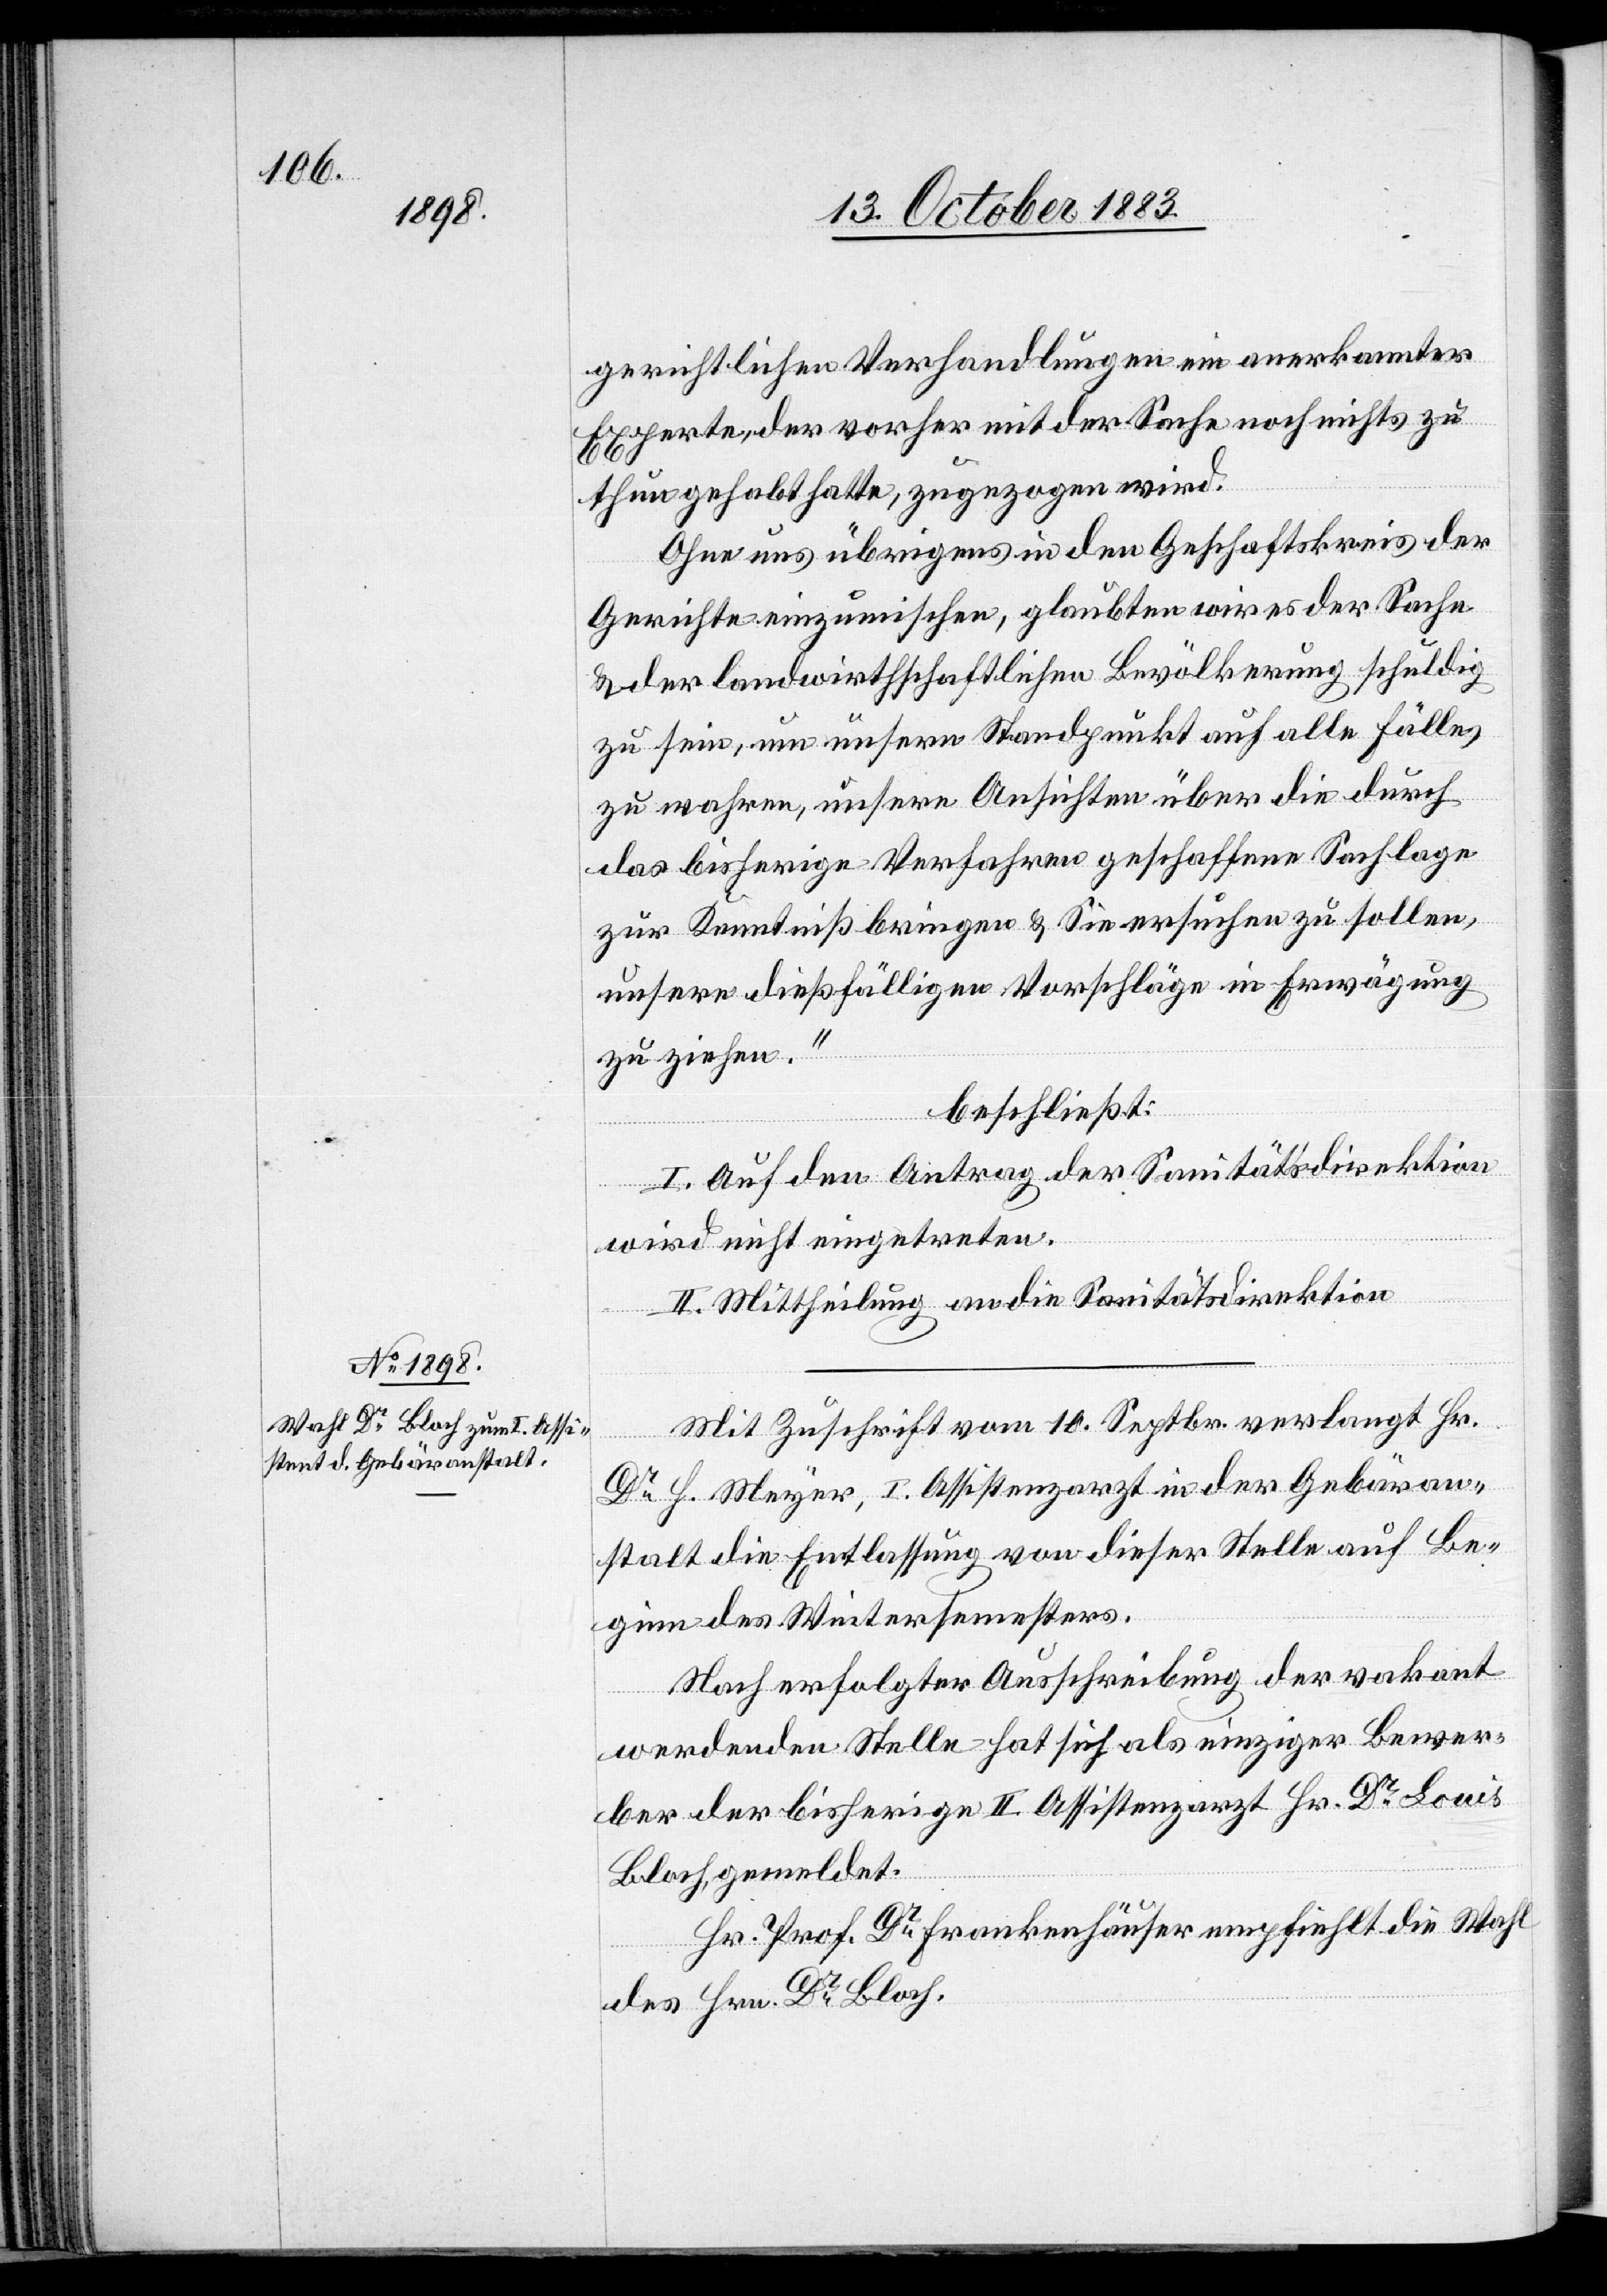
gerichtlichen Verhandlungen ein anerkannter
Experte, der vorher mit der Sache noch nichts zu
thun gehabt hatte, zugezogen wird.
Ohne uns übrigens in den Geschaftskreis [sic!] der
Gerichte einzumischen, glaubten wir es der Sache
& der landwirthschaftlichen Bevölkerung schuldig
zu sein, um unsern Standpunkt auf alle Fälle,
zu wahren, unsere Ansichten über die durch
das bisherige Verfahren geschaffene Sachlage
zur Kenntniß bringen & Sie ersuchen zu sollen,
unsere dießfälligen Vorschläge in Erwägung
zu ziehen.“
beschließt:
I. Auf den Antrag der Sanitätsdirektion
wird nicht eingetreten.
II. Mittheilung an die Sanitätsdirektion.
Mit Zuschrift vom 10. Septbr. verlangt Hr.
Dr H. Meyer, I. Assistenzarzt in der Gebäran¬
stalt die Entlassung von dieser Stelle auf Be¬
ginn des Wintersemesters.
Nach erfolgter Ausschreibung der vakant
werdenden Stelle hat sich als einziger Bewer¬
ber der bisherige II. Assistenzarzt Hr. Dr Louis
Bloch, gemeldet.
Hr. Prof. Dr Frankenhäuser empfiehlt die Wahl
des Hrn. Dr Bloch.